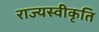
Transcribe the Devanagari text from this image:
राज्यस्वीकृति